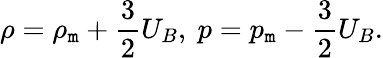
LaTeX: \rho=\rho_{\mathtt{m}}+\frac{{3}}{{2}}U_{B},\ p=p_{\mathtt{m}}-\frac{{3}}{{2}}U_{B}.